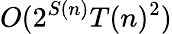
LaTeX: O(2^{S(n)}T(n)^{2})